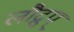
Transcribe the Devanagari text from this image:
लौद्रुप्